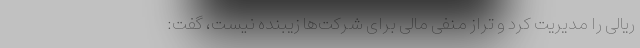
ریالی را مدیریت کرد و تراز منفی مالی برای شرکت‌ها زیبنده نیست، گفت: